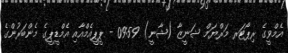
އެމްވީގެ ރިޕޯޓަރ މަރްޔަމް ޝަނީޒާ (ޝާނީ) 09:59 - ޕީޕީއެމްއާއި އެމްޑީޕީގެ މެންބަރުންގެ